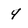
Character: 4